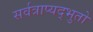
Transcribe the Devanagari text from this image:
सर्वत्राप्यद्भुतो